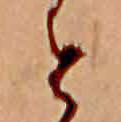
と